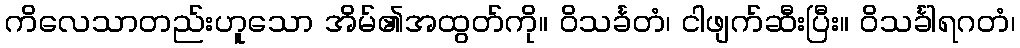
ကိလေသာတည်းဟူသော အိမ်၏အထွတ်ကို။ ဝိသင်္ခတံ၊ ငါဖျက်ဆီးပြီး။ ဝိသင်္ခါရဂတံ၊